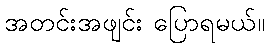
အတင်းအဖျင်း ပြောရမယ်။